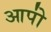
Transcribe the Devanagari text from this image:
आपो॑